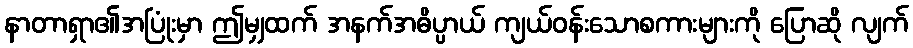
နာတာရှာ၏အပြုံးမှာ ဤမျှထက် အနက်အဓိပ္ပာယ် ကျယ်ဝန်းသောစကားများကို ပြောဆို လျက်